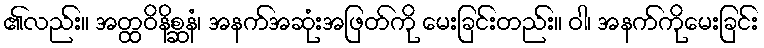
၏လည်း။ အတ္ထဝိနိစ္ဆနံ၊ အနက်အဆုံးအဖြတ်ကို မေးခြင်းတည်း။ ဝါ၊ အနက်ကိုမေးခြင်း